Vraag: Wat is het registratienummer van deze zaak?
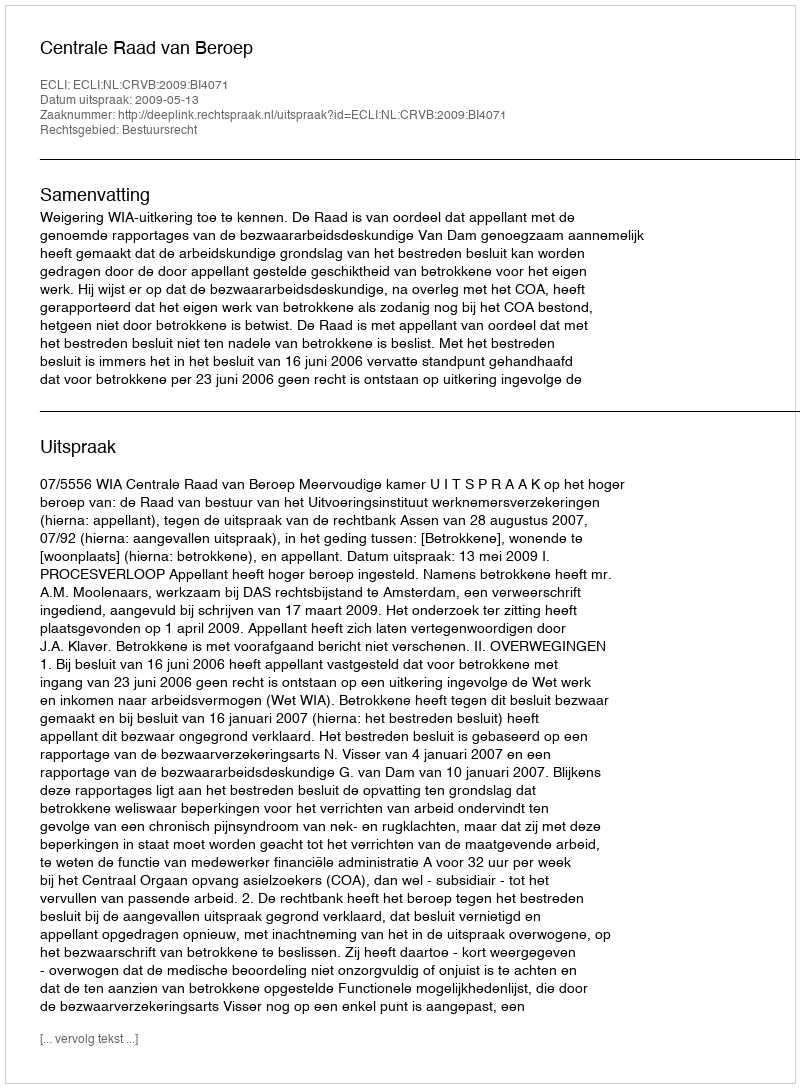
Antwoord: http://deeplink.rechtspraak.nl/uitspraak?id=ECLI:NL:CRVB:2009:BI4071